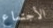
الأجتماع